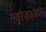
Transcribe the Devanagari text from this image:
मथुरेजवळच